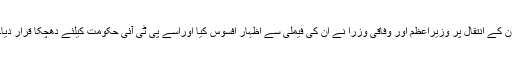
ان کے انتقال پر وزیراعظم اور وفاقی وزرا نے ان کی فیملی سے اظہار افسوس کیا اوراسے پی ٹی آئی حکومت کیلئے دھچکا قرار دیا۔